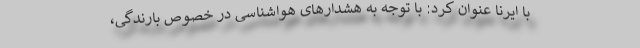
با ایرنا عنوان کرد: با توجه به هشدارهای هواشناسی در خصوص بارندگی،